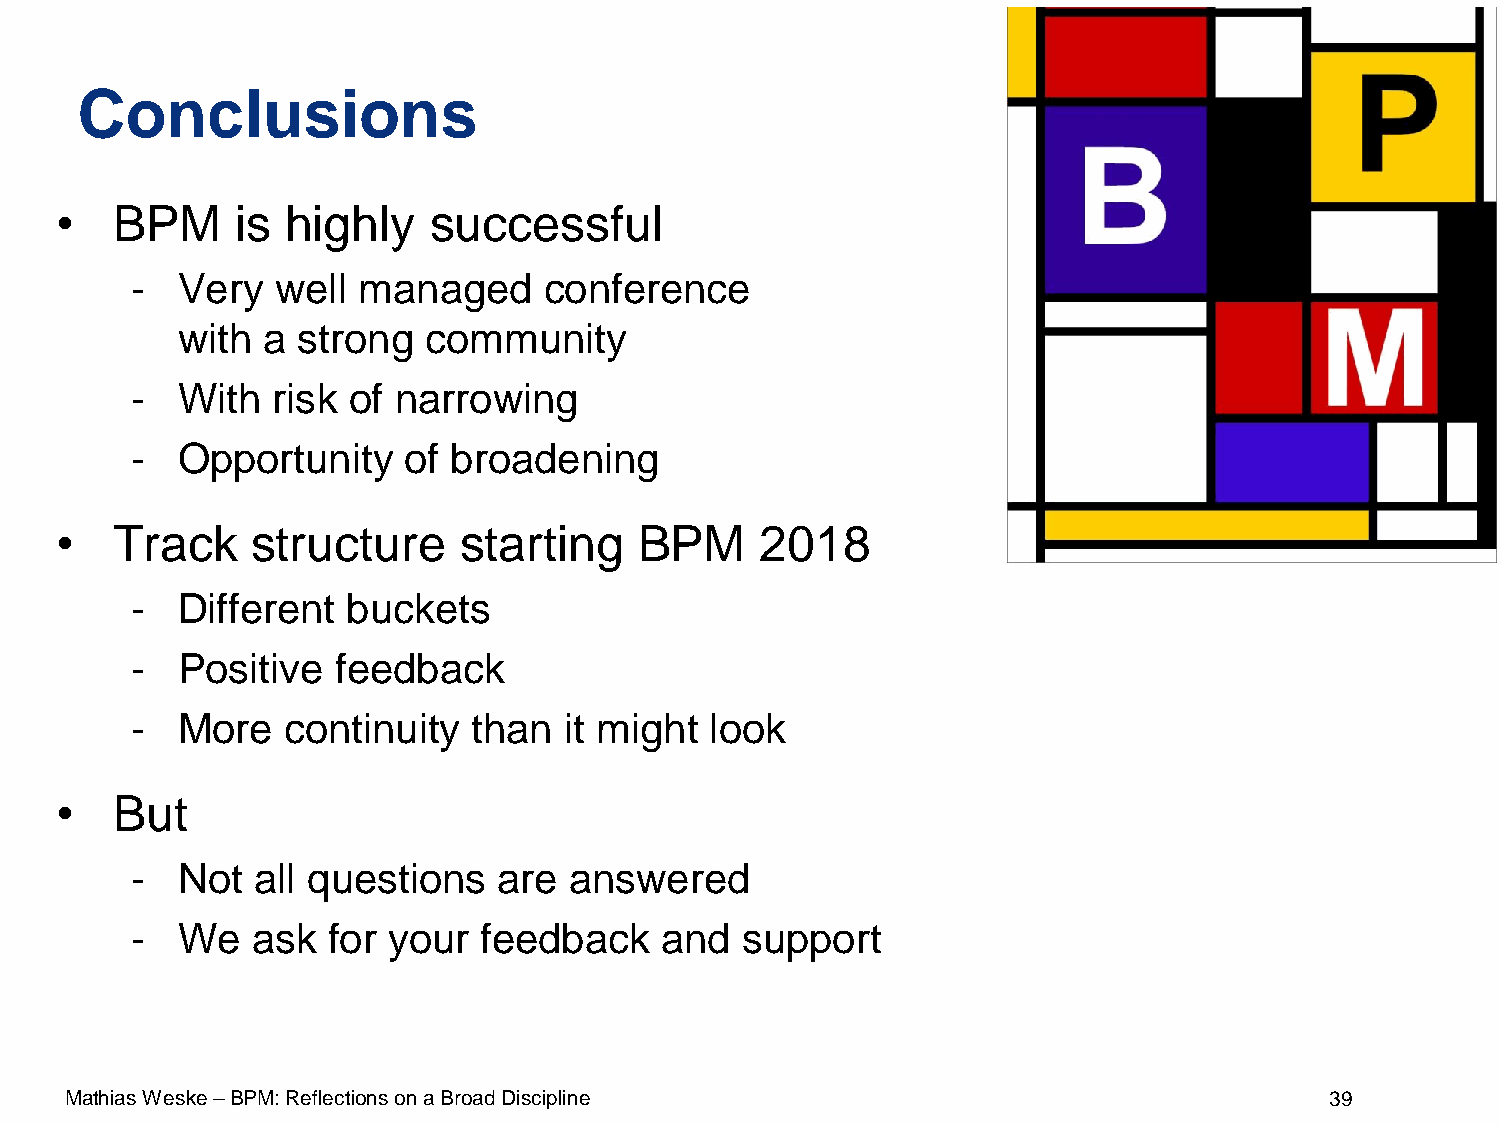
Conclusions
 •  BPM      is highly   successful
 -  Very  well  managed     conference
 with a  strong  community
 -  With  risk of narrowing
 -  Opportunity    of broadening
 •  Track     structure    starting    BPM     2018
 -  Different  buckets
 -  Positive  feedback
 -  More   continuity  than  it might  look
 •  But
 -  Not  all questions   are  answered
 -  We   ask  for your  feedback    and  support
 Mathias Weske –BPM: Reflections on a Broad Discipline                               39